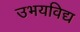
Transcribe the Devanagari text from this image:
उभयविद्य